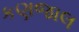
કણજાલ